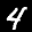
Label: 4